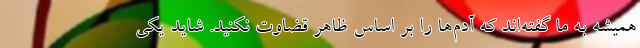
همیشه به ما گفته‌اند که آدم‌ها را بر اساس ظاهر قضاوت نکنید. شاید یکی